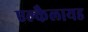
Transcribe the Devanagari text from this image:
एल्कैलायड